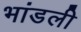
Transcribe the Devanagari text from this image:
भांडली